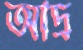
আদ্র